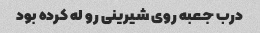
درب جعبه روی شیرینی رو له کرده بود